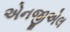
એનજીએલ